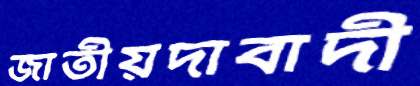
জাতীয়দাবাদী